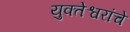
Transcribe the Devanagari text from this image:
युक्तेश्वरांचे